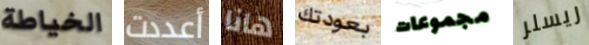
الخياطة أعددت هانا بعودتك مجموعات ريسلر